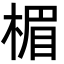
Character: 楣